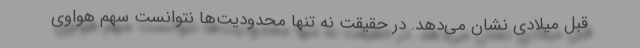
قبل میلادی نشان می‌دهد. در حقیقت نه تنها محدودیت‌ها نتوانست سهم هواوی